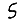
Digit: 5